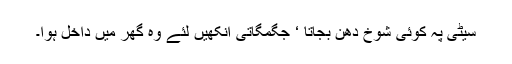
سیٹی پہ کوئی شوخ دھن بجاتا ‘ جگمگاتی آنکھیں لئے وہ گھر میں داخل ہوا۔